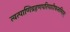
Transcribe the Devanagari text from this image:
त्वत्पाणिग्रहणपरिपाटीफलमिदम्